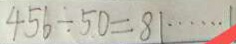
4 5 6 \div 5 0 = 8 1 \cdots 1